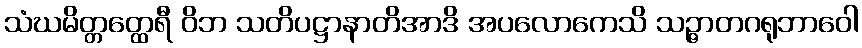
သံဃမိတ္တတ္ထေရီ ဝိဘ သတိပဋ္ဌာနာတိအာဒိ အပလောကေသိ သဉ္ဇာတဂရုဘာဝေါ